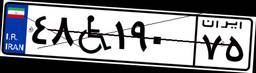
۴۸W۱۹۰۷۵